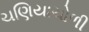
ચણિયાચોળી